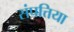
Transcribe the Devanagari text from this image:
संपत्तिया